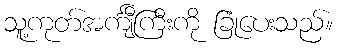
သူ့ကုတ်အင်္ကျီကြီးကို ခြုံပေးသည်။